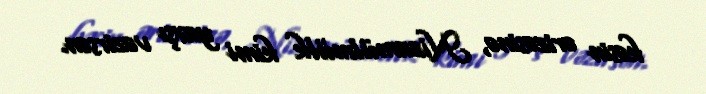
kəsin ərizəsinə, Nizamülmülk kimi yaxşı vəzirsən.